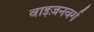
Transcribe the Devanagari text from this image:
वाइज़नवर्ग